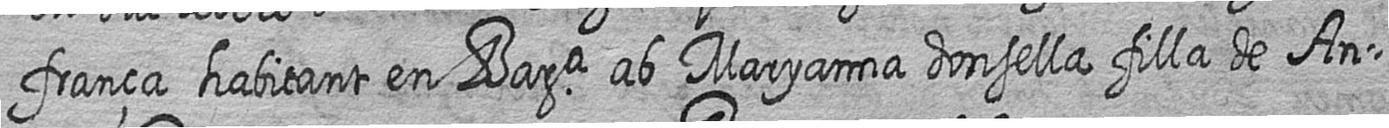
frança habitant en Bara ab Maryanna donsella filla de An=